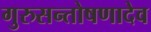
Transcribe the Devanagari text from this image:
गुरुसन्तोषणादेव